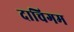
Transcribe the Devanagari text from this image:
दाचिगम